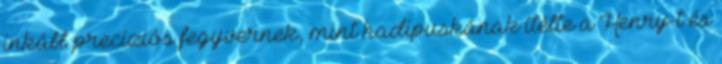
inkább precíziós fegyvernek, mint hadipuskának ítélte a Henry-t és